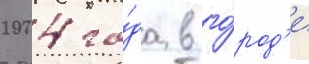
2004 го́да в го́род'е